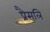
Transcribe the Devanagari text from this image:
प्रैसलि